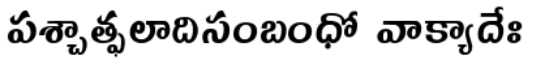
పశ్చాత్ఫలాదిసంబంధో వాక్యాదేః